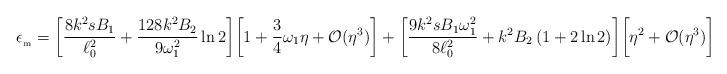
LaTeX: \begin{align*}\epsilon _{_{\rm m}}=\biggl[\frac{8k^2s B_1}{\ell _0^2}+\frac{128k^2B_2}{9\omega _1^2}\ln2\biggr]\biggl[1+\frac{3}{4}\omega_1\eta +{\cal O}(\eta^3)\biggr]+\biggl[\frac{9k^2s B_1\omega _1^2}{8\ell _0^2}+k^2B_2\left(1+2\ln 2\right)\biggr]\biggr[\eta ^2 +{\cal O}(\eta^3)\biggr].\end{align*}